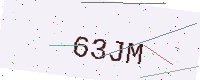
Text: 63JM